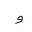
Letter: _waw